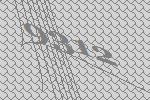
9312